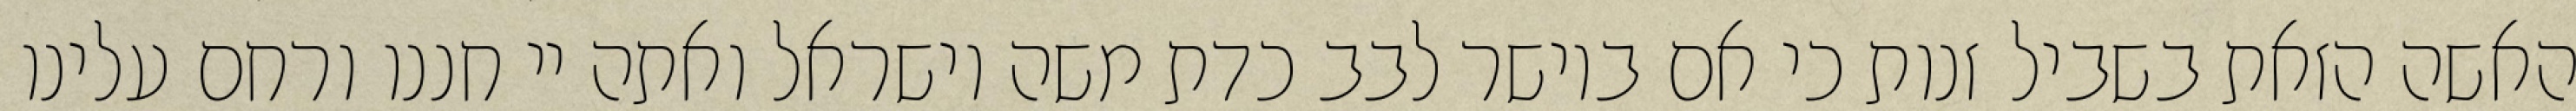
האשה הזאת בשביל זנות כי אם ביושר לבב כדת משה וישראל ואתה יי חננו ורחם עלינו